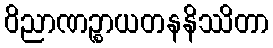
ဝိညာဏဉ္စာယတနနိဿိတာ